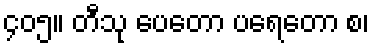
၄၀၅။ တီသု ပေတော ပရေတော စ၊